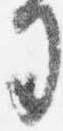
司